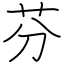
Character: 芬